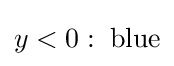
y<0:\;{\text{blue}}